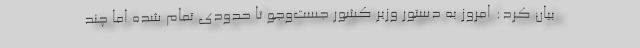
بیان کرد: امروز به دستور وزیر کشور جست‌وجو تا حدودی تمام شده اما چند